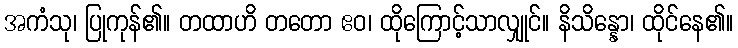
အကံသု၊ ပြုကုန်၏။ တထာဟိ တတော ဧဝ၊ ထိုကြောင့်သာလျှုင်။ နိသိန္နော၊ ထိုင်နေ၏။